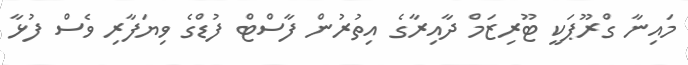
މައިނާ ގްރޫޕަކީ ޓޫރިޒަމް ދާއިރާގެ އިތުރުން ފާސްޓް ފުޑްގެ ވިޔަފާރި ވެސް ފުޅާ